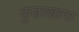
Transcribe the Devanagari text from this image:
कुड़ाखाना